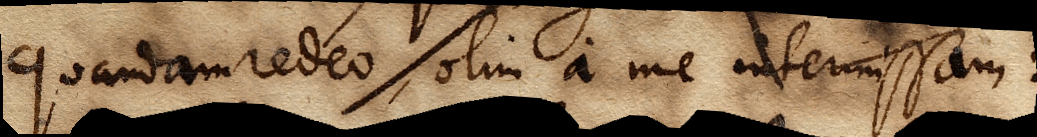
quandam redeo, olim a me intermissam: